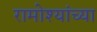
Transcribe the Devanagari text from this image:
रामोश्यांच्या